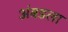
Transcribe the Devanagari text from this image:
अंबडला